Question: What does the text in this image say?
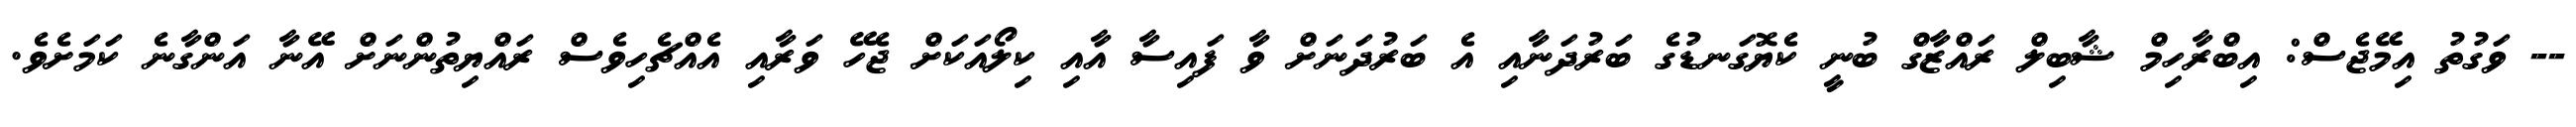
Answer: -- ވަގުތު އިމޭޖެސް: އިބްރާހިމް ޝާބިލް ރައްޒާގް ބުނީ ކެޔޮގަނޑުގެ ބަރުދަނާއި އެ ބަރުދަނަށް ވާ ފައިސާ އާއި ކިލޯއަކަށް ޖެހޭ ވަރާއި އެއްޗެހިވެސް ރައްޔިތުންނަށް އޭނާ އަންގާނެ ކަމަށެވެ.